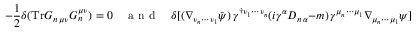
- \frac { 1 } { 2 } \delta ( \mathrm { T r } G _ { n \, \mu \nu } G _ { n } ^ { \mu \nu } ) = 0 \quad \mathrm { ~ a ~ n ~ d ~ } \quad \delta [ ( \nabla _ { \nu _ { n } \cdots \nu _ { 1 } } \bar { \psi } ) \, \gamma ^ { \dagger \nu _ { 1 } \cdots \nu _ { n } } ( i \gamma ^ { \alpha } D _ { n \, \alpha } - m ) \, \gamma ^ { \mu _ { n } \cdots \mu _ { 1 } } \nabla _ { \mu _ { n } \cdots \mu _ { 1 } } \psi ] = 0 \, .